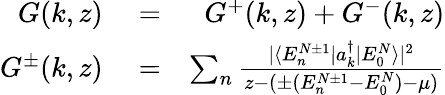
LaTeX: \begin{array}{rlr}{G(k,z)}&{{}=}&{G^{+}(k,z)+G^{-}(k,z)}\\ {G^{\pm}(k,z)}&{{}=}&{\sum_{n}\frac{|\langle E_{n}^{N\pm 1}|a_{k}^{\dagger}|E_{0}^{N}\rangle|^{2}}{z-(\pm(E_{n}^{N\pm 1}-E_{0}^{N})-\mu)}}\end{array}